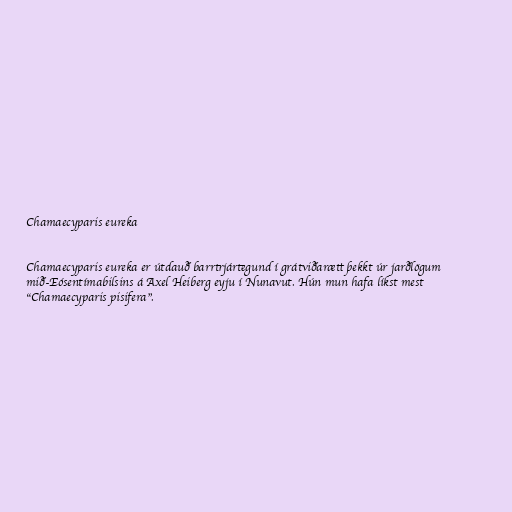
Chamaecyparis eureka

Chamaecyparis eureka er útdauð barrtrjártegund í grátviðarætt þekkt úr jarðlögum
mið-Eósentímabilsins á Axel Heiberg eyju í Nunavut. Hún mun hafa líkst mest
"Chamaecyparis pisifera".